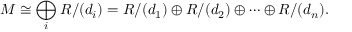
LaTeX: M \cong \bigoplus _ { i } R / ( d _ { i } ) = R / ( d _ { 1 } ) \oplus R / ( d _ { 2 } ) \oplus \cdots \oplus R / ( d _ { n } ) .